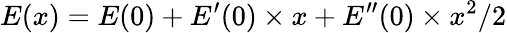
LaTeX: E(x)=E(0)+E^{\prime}(0)\times x+E^{\prime\prime}(0)\times x^{2}/2